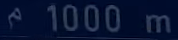
1000m